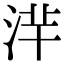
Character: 𣴱